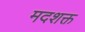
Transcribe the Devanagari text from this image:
मदशक्त